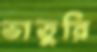
ভাতুরি